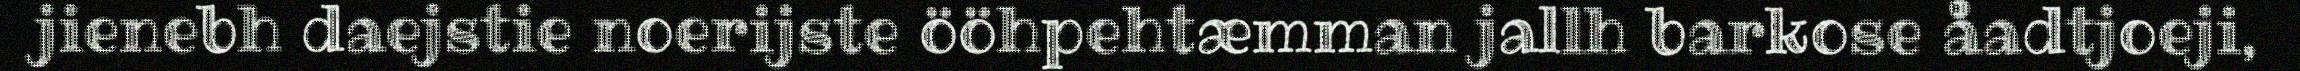
jienebh daejstie noerijste ööhpehtæmman jallh barkose åadtjoeji,